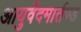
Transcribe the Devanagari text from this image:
आयुर्वेदमार्तण्ड